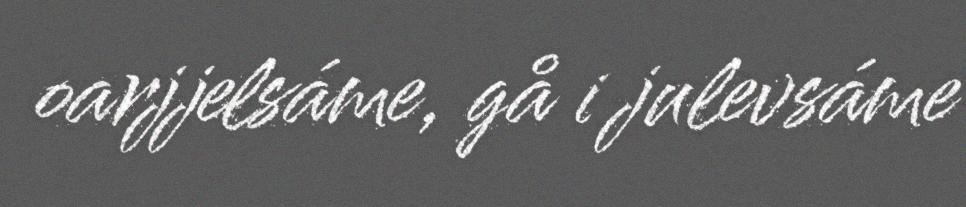
oarjjelsáme, gå i julevsáme